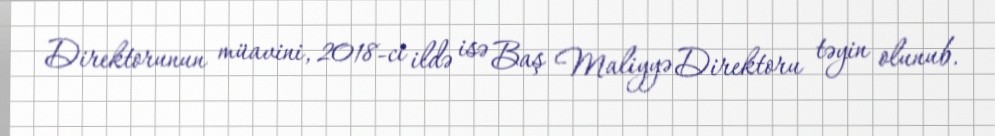
Direktorunun müavini, 2018-ci ildə isə Baş Maliyyə Direktoru təyin olunub.